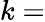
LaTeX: k=